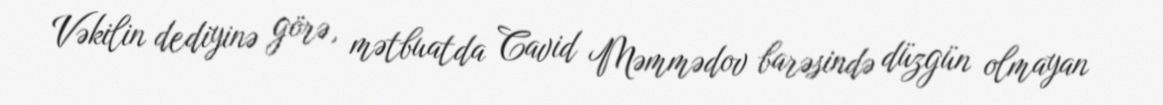
Vəkilin dediyinə görə, mətbuatda Cavid Məmmədov barəsində düzgün olmayan